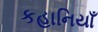
કહાનિયાઁ